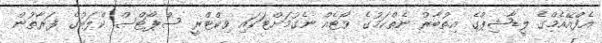
އެފްއޭއެމްގެ ލީޑާޝިޕްގެ އިތުބާރު ނެތްކަމުގެ ވޯޓެއް ނެގުމަށްޓަކައި ވިކްޓްރީ ސްޕޯޓްސް ކްލަބުގެ ފަރާތުން